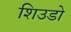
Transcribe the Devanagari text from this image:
शिउडो